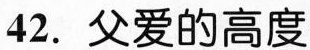
42.父爱的高度